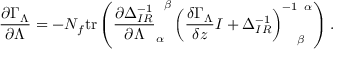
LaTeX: \frac { \partial \Gamma _ { \Lambda } } { \partial \Lambda } = - N _ { f } \mathrm { t r } \left( \frac { \partial \Delta _ { I R } ^ { - 1 } } { \partial \Lambda } _ { \alpha } ^ { \phantom { \alpha } \beta } \left( \frac { \delta \Gamma _ { \Lambda } } { \delta z } I + \Delta _ { I R } ^ { - 1 } \right) _ { \phantom { - 1 } \beta } ^ { - 1 \phantom { \beta } \alpha } \right) .